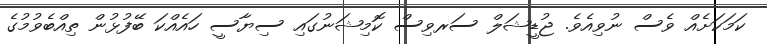
ކަމަކަށެއް ވެސް ނުވިއެވެ. ޖުޑީޝަލް ސަރވިސް ކޮމިޝަނުގައި ސިޔާސީ ހައެއްކަ ބޭފުޅުން ތިއްބެވުމުގެ